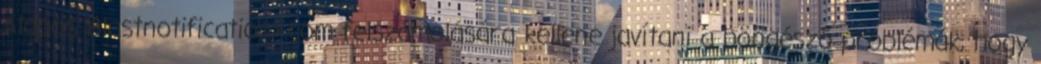
Alapos Blastnotificationx.com felszámolására kellene javítani a böngésző problémák, hogy